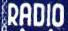
RADIO